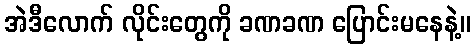
အဲဒီလောက် လိုင်းတွေကို ခဏခဏ ပြောင်းမနေနဲ့။